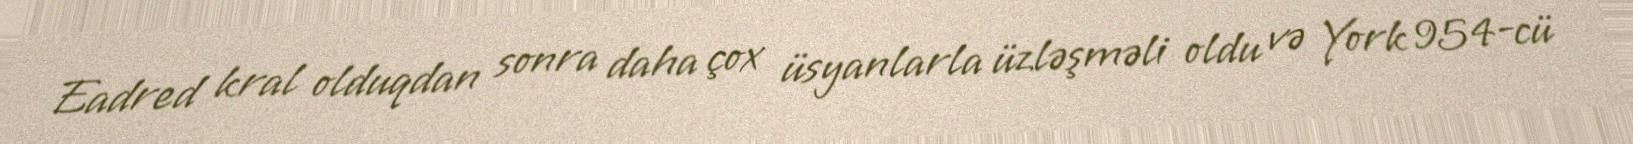
Eadred kral olduqdan sonra daha çox üsyanlarla üzləşməli oldu və York 954-cü